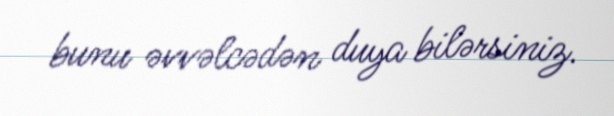
bunu əvvəlcədən duya bilərsiniz.